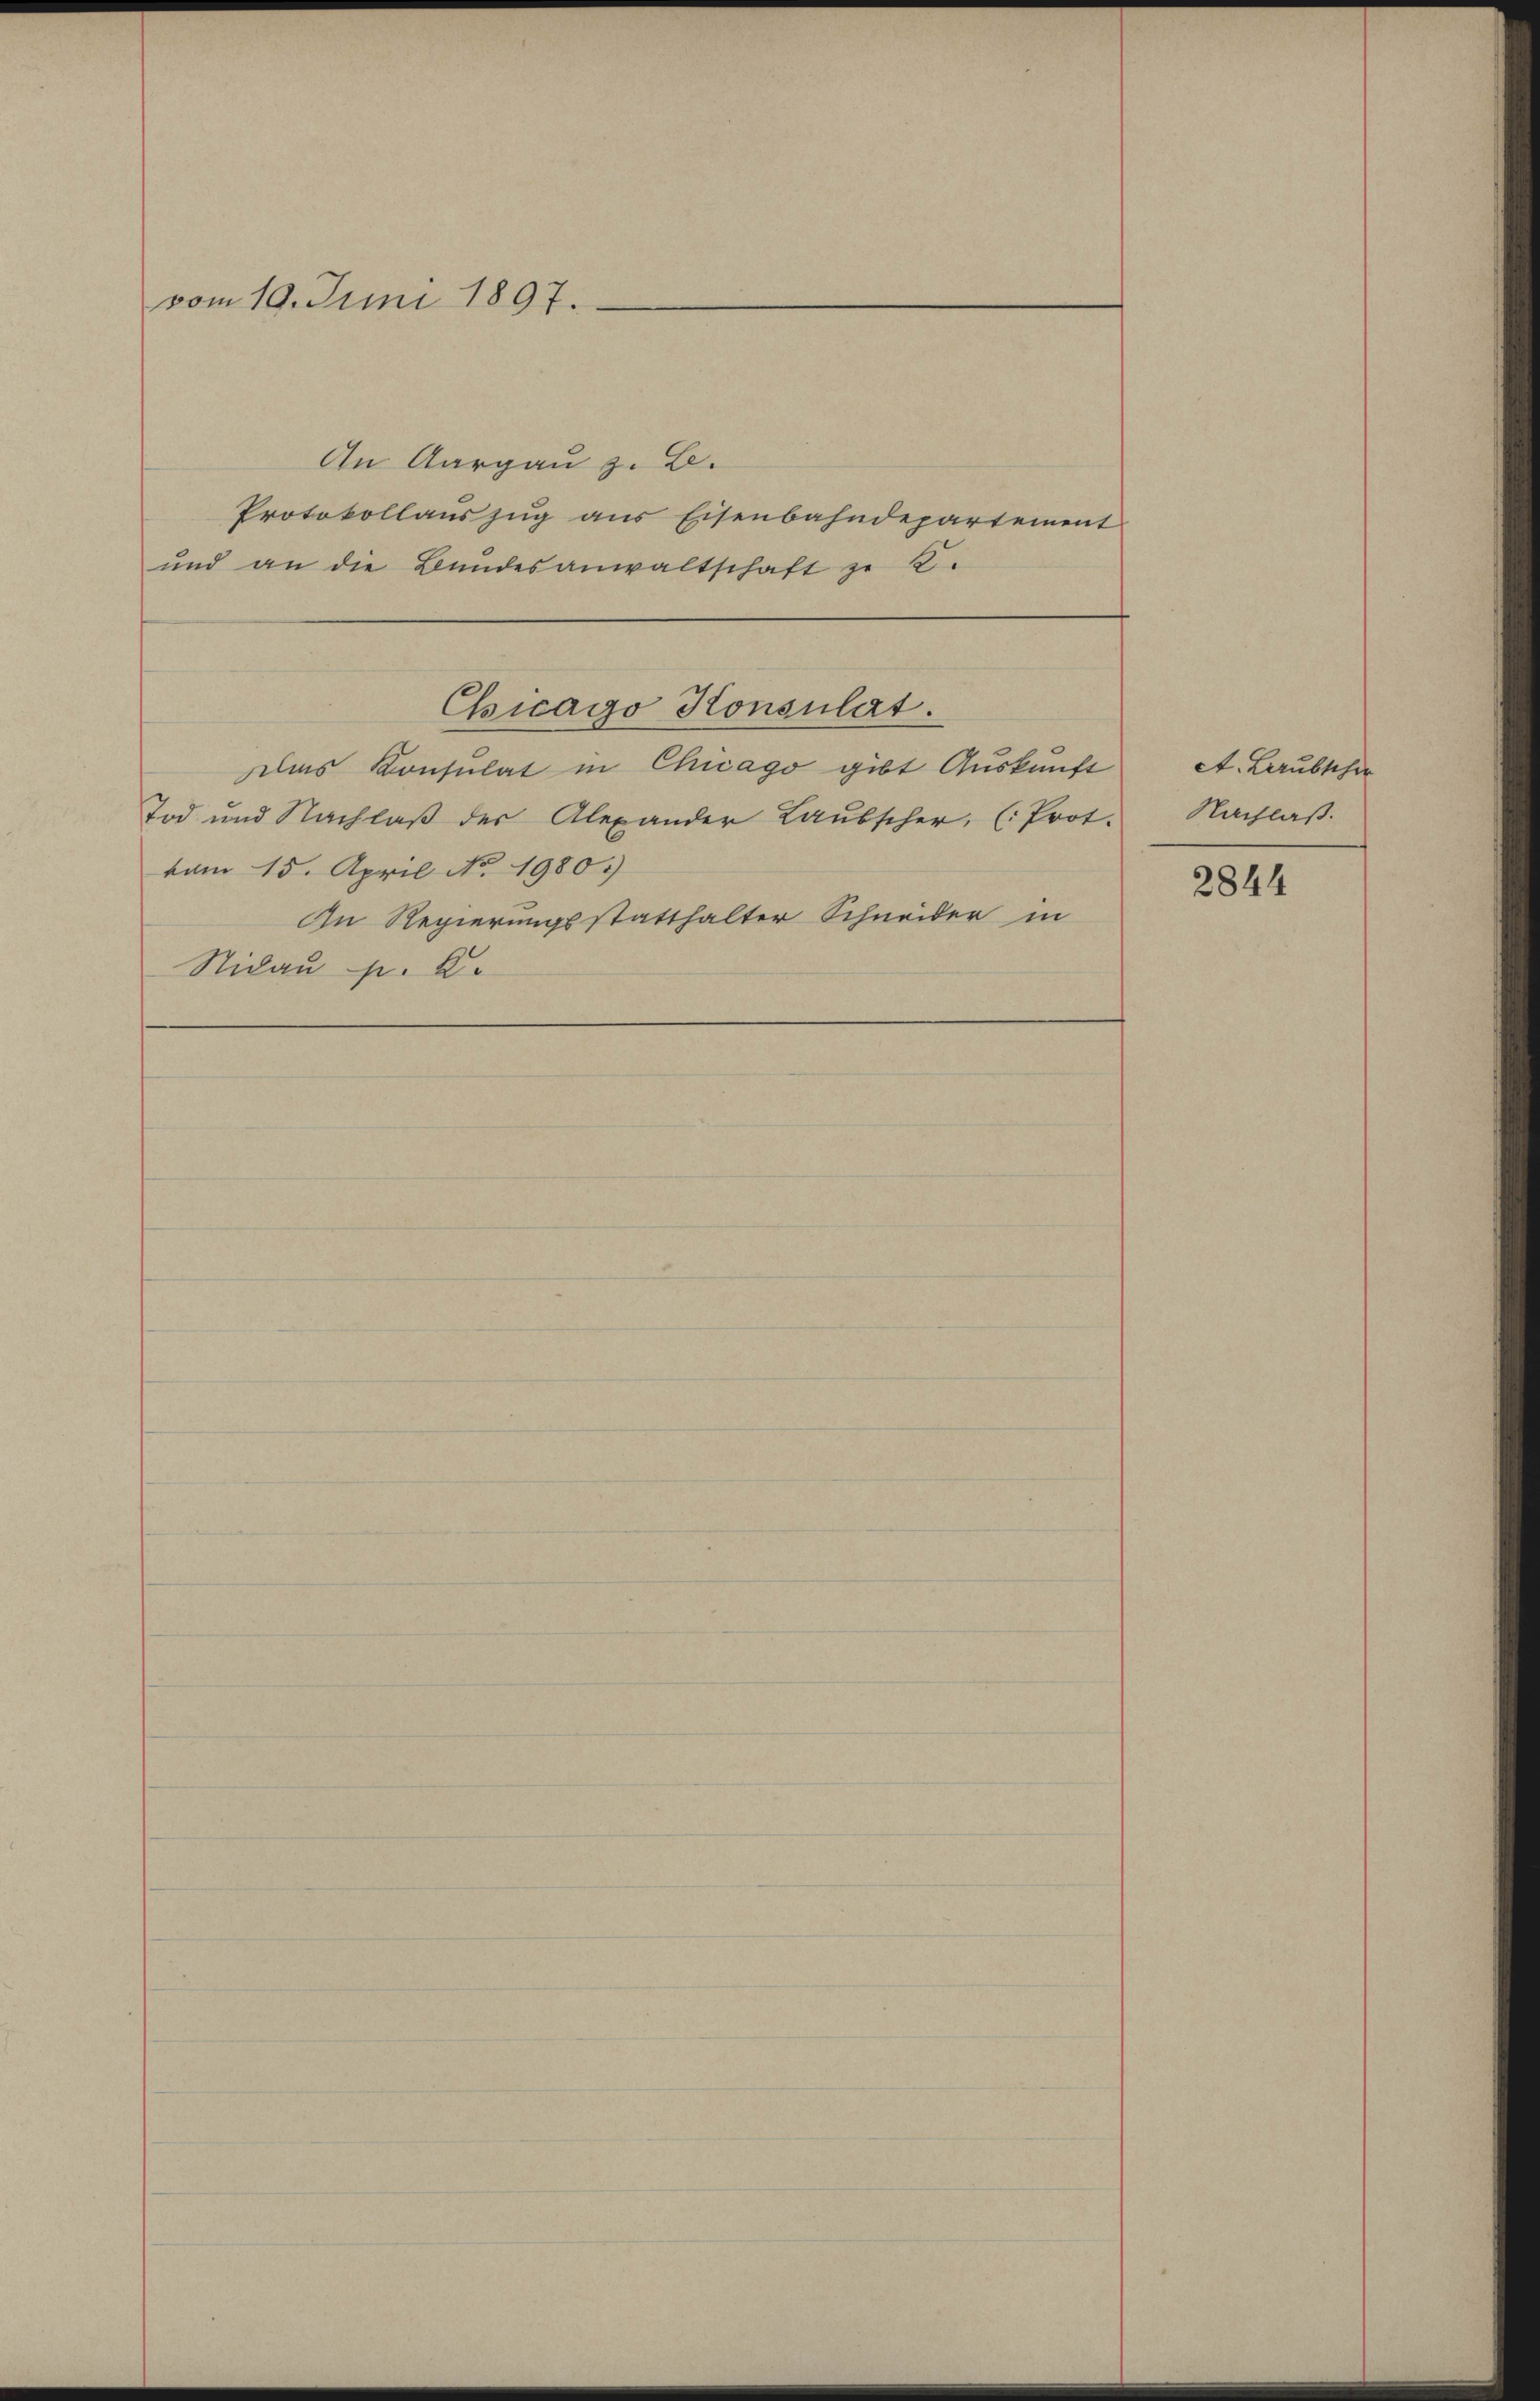
vom 10. Juni 1897.

An Aargau z. B.
Protokollauszug aus Eisenbahndepartement
und an die Bundesanwaltschaft zu 2.
Das Konsulat in Chicago gibt Auskunft
Tod und Nachlaβ der Alexander Laŭbscher, (Prot.
vom 15. April No 1980.
In Regierungsstatthalter Schneider in
Nidau p. 2.

Chicago Konsulat.

ct. Laubscher
Nachlaß.

2844